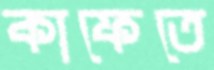
কাফেতে